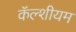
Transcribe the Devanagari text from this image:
कॅल्शीयम